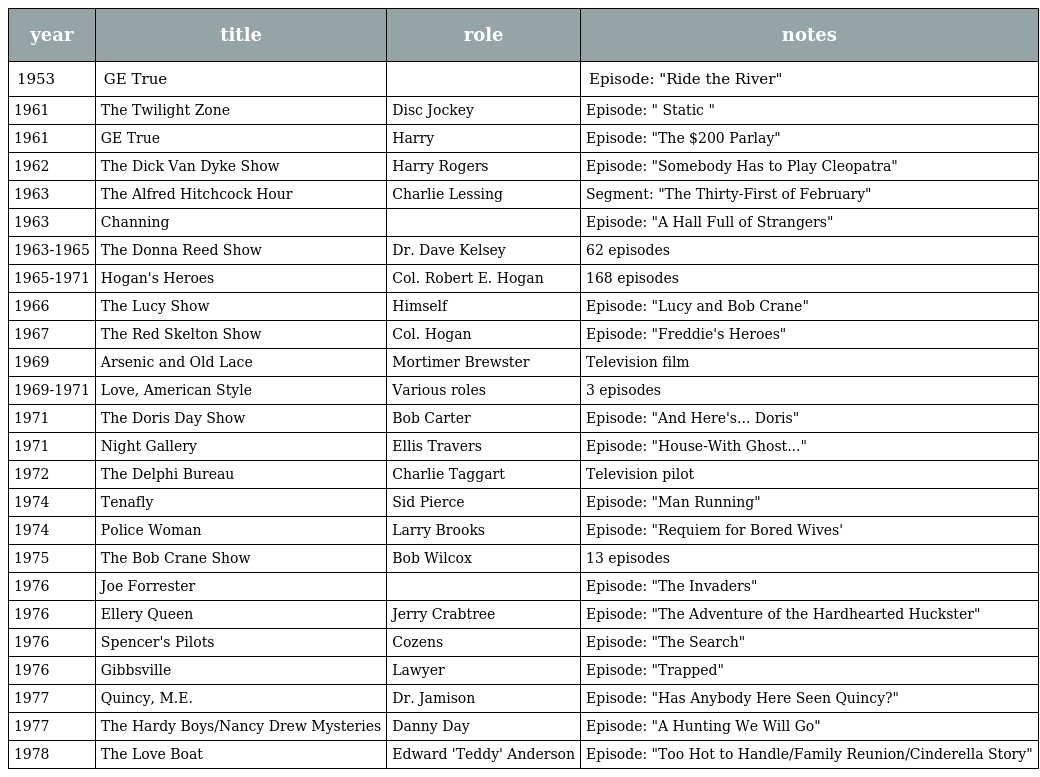
| year | title | role | notes |
 | --- | --- | --- | --- |
 | 1953 | GE True |  | Episode: "Ride the River" |
 | 1961 | The Twilight Zone | Disc Jockey | Episode: " Static " |
 | 1961 | GE True | Harry | Episode: "The $200 Parlay" |
 | 1962 | The Dick Van Dyke Show | Harry Rogers | Episode: "Somebody Has to Play Cleopatra" |
 | 1963 | The Alfred Hitchcock Hour | Charlie Lessing | Segment: "The Thirty-First of February" |
 | 1963 | Channing |  | Episode: "A Hall Full of Strangers" |
 | 1963-1965 | The Donna Reed Show | Dr. Dave Kelsey | 62 episodes |
 | 1965-1971 | Hogan's Heroes | Col. Robert E. Hogan | 168 episodes |
 | 1966 | The Lucy Show | Himself | Episode: "Lucy and Bob Crane" |
 | 1967 | The Red Skelton Show | Col. Hogan | Episode: "Freddie's Heroes" |
 | 1969 | Arsenic and Old Lace | Mortimer Brewster | Television film |
 | 1969-1971 | Love, American Style | Various roles | 3 episodes |
 | 1971 | The Doris Day Show | Bob Carter | Episode: "And Here's... Doris" |
 | 1971 | Night Gallery | Ellis Travers | Episode: "House-With Ghost..." |
 | 1972 | The Delphi Bureau | Charlie Taggart | Television pilot |
 | 1974 | Tenafly | Sid Pierce | Episode: "Man Running" |
 | 1974 | Police Woman | Larry Brooks | Episode: "Requiem for Bored Wives' |
 | 1975 | The Bob Crane Show | Bob Wilcox | 13 episodes |
 | 1976 | Joe Forrester |  | Episode: "The Invaders" |
 | 1976 | Ellery Queen | Jerry Crabtree | Episode: "The Adventure of the Hardhearted Huckster" |
 | 1976 | Spencer's Pilots | Cozens | Episode: "The Search" |
 | 1976 | Gibbsville | Lawyer | Episode: "Trapped" |
 | 1977 | Quincy, M.E. | Dr. Jamison | Episode: "Has Anybody Here Seen Quincy?" |
 | 1977 | The Hardy Boys/Nancy Drew Mysteries | Danny Day | Episode: "A Hunting We Will Go" |
 | 1978 | The Love Boat | Edward 'Teddy' Anderson | Episode: "Too Hot to Handle/Family Reunion/Cinderella Story" |